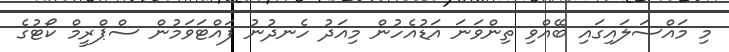
މި މައްސަލައިގައި ބޭއްވި ތިންވަނަ އަޑުއެހުން މިއަދު ހެނދުނު ފައްޓަވަމުން ސްޕްރީމް ކޯޓުގެ